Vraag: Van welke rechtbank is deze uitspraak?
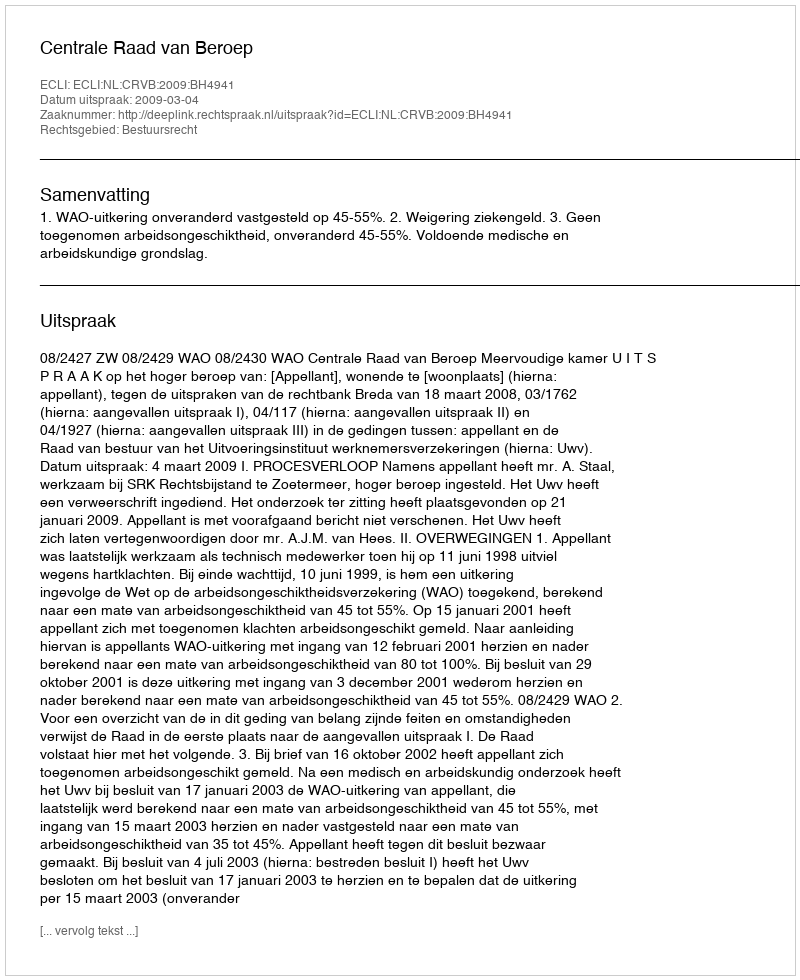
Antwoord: Centrale Raad van Beroep